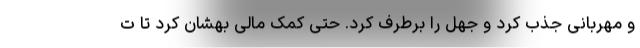
و مهربانی جذب کرد و جهل را برطرف کرد. حتی کمک مالی بهشان کرد تا ت